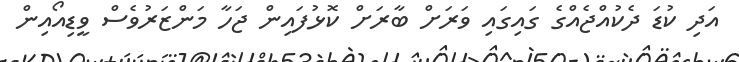
އަދި ކުޑަ ދެކުއްޖެއްގެ ގައިގައި ވަރަށް ބާރަށް ކޮޅުފައިން ޖަހާ މަންޒަރުވެސް ވީޑިއޯއިން